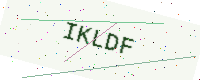
Text: IKLDF